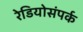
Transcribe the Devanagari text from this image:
रेडियोसंपर्क